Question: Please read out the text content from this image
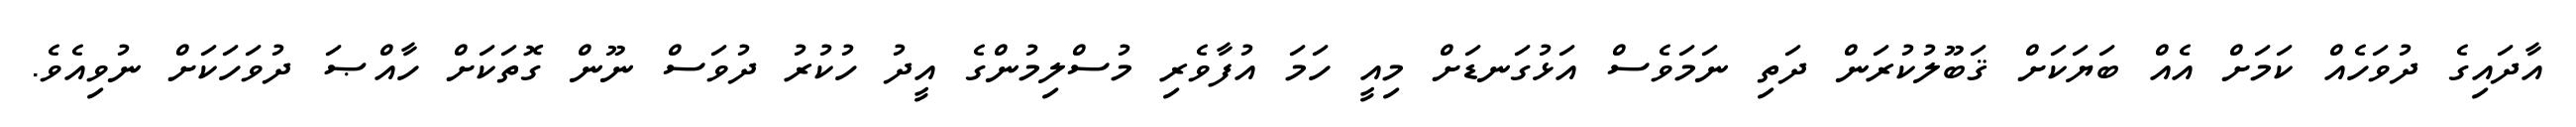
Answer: އާދައިގެ ދުވަހެއް ކަމަށް އެއް ބަޔަކަށް ޤަބޫލުކުރަން ދަތި ނަމަވެސް އަޅުގަނޑަށް މިއީ ހަމަ އުފާވެރި މުސްލިމުންގެ އީދު ހުކުރު ދުވަސް ނޫން ގޮތަކަށް ހާއްޞަ ދުވަހަކަށް ނުވިއެވެ.